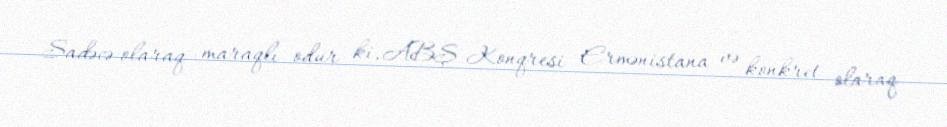
Sadəcə olaraq maraqlı odur ki, ABŞ Konqresi Ermənistana və konkret olaraq